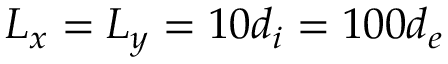
L _ { x } = L _ { y } = 1 0 d _ { i } = 1 0 0 d _ { e }